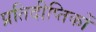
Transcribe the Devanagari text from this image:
प्रतिदीप्तिकों